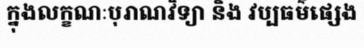
ក្នុងលក្ខណៈបុរាណវិទ្យា និង វប្បធម៌ផ្សេង